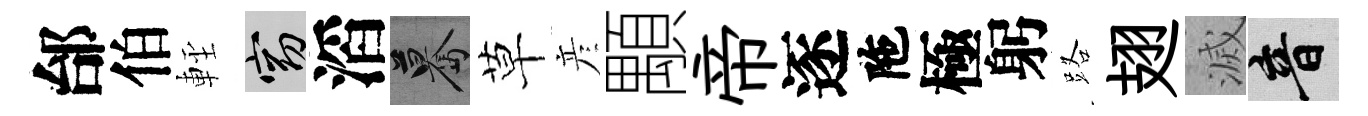
邰伯䡖窈滔驀草彦顒帝逐陁極躬路翅滅音